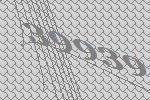
39939